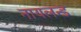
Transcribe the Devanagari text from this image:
नायलन्ड